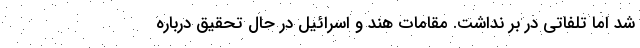
شد اما تلفاتی در بر نداشت. مقامات هند و اسرائیل در حال تحقیق درباره